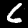
Digit: 6